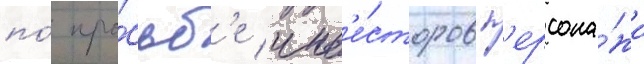
по́ про́сьб'е инв'е́сторов п'ерсона́жи